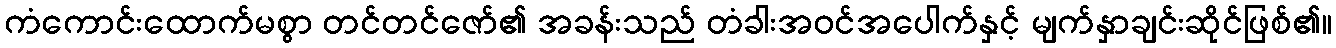
ကံကောင်းထောက်မစွာ တင်တင်ဇော်၏ အခန်းသည် တံခါးအဝင်အပေါက်နှင့် မျက်နှာချင်းဆိုင်ဖြစ်၏။